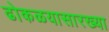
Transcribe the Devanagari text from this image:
ढोकळयासारख्या